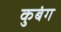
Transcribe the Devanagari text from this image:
कुबंग